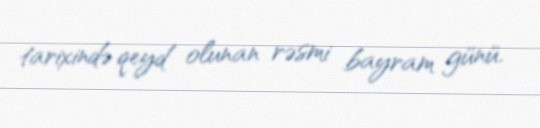
tarixində qeyd olunan rəsmi bayram günü.